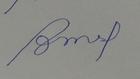
Signature authenticity: forged